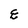
Character: E